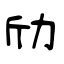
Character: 劤